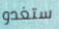
ستغدو